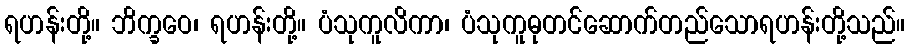
ရဟန်းတို့။ ဘိက္ခဝေ၊ ရဟန်းတို့။ ပံသုကူလိကာ၊ ပံသုကူဓုတင်ဆောက်တည်သောရဟန်းတို့သည်။